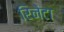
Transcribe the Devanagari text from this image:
रिनेटा